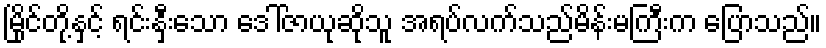
မြိုင်တို့နှင့် ရင်းနှီးသော ဒေါ်ဇာယုဆိုသူ အရပ်လက်သည်မိန်းမကြီးက ပြောသည်။